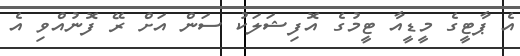
އެ ޕާޓީގެ މީޑީއާ ޓީމުގެ އޮފިޝަލަކު ސަން އަށް ރޭ ފޮނުއްވި އެ